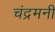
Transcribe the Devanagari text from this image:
चंद्रमनी